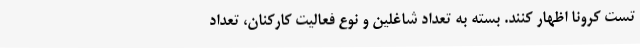
تست کرونا اظهار کنند. بسته به تعداد شاغلین و نوع فعالیت کارکنان، تعداد